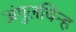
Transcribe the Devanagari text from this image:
अंगुलचिन्ह